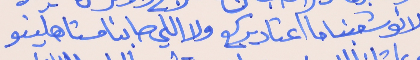
لانو شعبنا ما اعتاد يركع     ولا اللي صابنا مستاهلينو